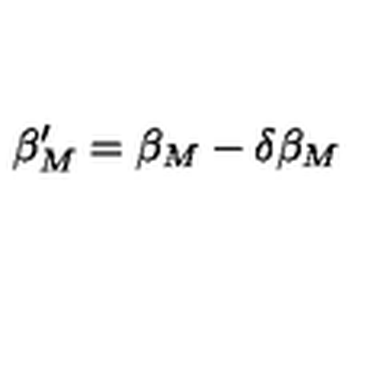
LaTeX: \beta _ { M } ^ { \prime } = \beta _ { M } - \delta \beta _ { M }